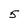
Character: 5